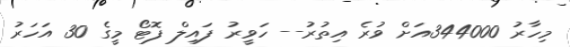
މިހާރު 344000އަށް ވުރެ އިތުރު-- ހަވީރު ފައިލް ފޮޓޯ މީގެ 30 އަހަރު